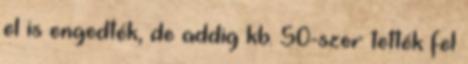
el is engedték, de addig kb. 50-szer tették fel